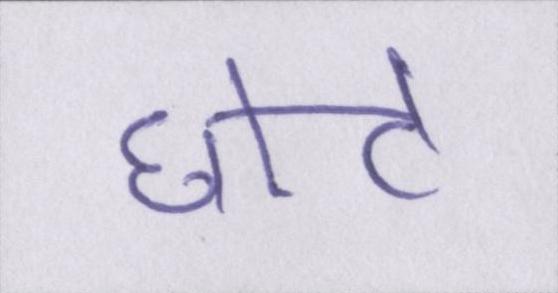
छोटे